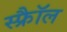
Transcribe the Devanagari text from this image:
स्फ्रैॉल